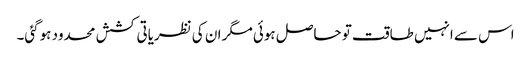
اس سے انہیں طاقت تو حاصل ہوئی مگر ان کی نظریاتی کشش محدود ہوگئی۔